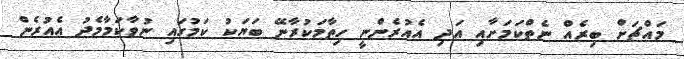
މައްޗަށް ބިރެއް ނެތްކަމަށާއި އަދި އެއުރެންނީ ހިތާމަކުރާނޭ ބަޔަކު ކަމުގައި ނުވާކަމާމެދު އެއުރެން